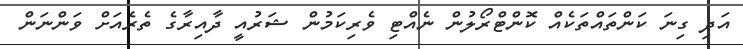
އަދި ގިނަ ކަންތައްތަކެއް ކޮންޓްރޯލުން ނެއްޓި ވެރިކަމުން ޝަރުއީ ދާއިރާގެ ތެރެއަށް ވަންނަން